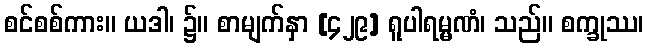
စင်စစ်ကား။ ယဒါ၊ ၌။ စာမျက်နှာ [၄၂၉] ရူပါရမ္မဏံ၊ သည်။ စက္ခုဿ၊